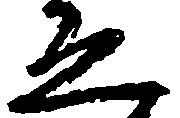
ゑ